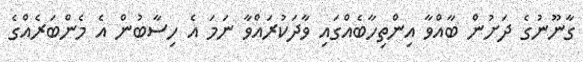
ގާނޫނުގެ ދަށުން ބާއްވާ އިންތިިހާބެއްގައި ވާދަކުރައްވާ ނަމަ އެ ހިސާބުން އެ މެންބަރެއްގެ